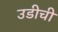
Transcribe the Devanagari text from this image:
उडीची